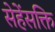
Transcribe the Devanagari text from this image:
सेहेंसक्ति